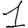
Digit: 1